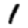
Digit: 1